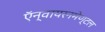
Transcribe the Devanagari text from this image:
ऍन्वायरनमेण्टल